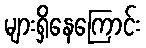
များရှိနေကြောင်း